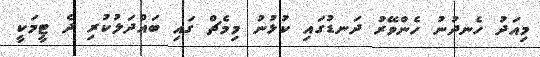
މިއަދު ހެނދުނު ހެންވޭރު ދަނޑުގައި ކުޅުނު މިމެޗް ގައި ބައްދަލުކުރި ދެ ޓީމަކީ